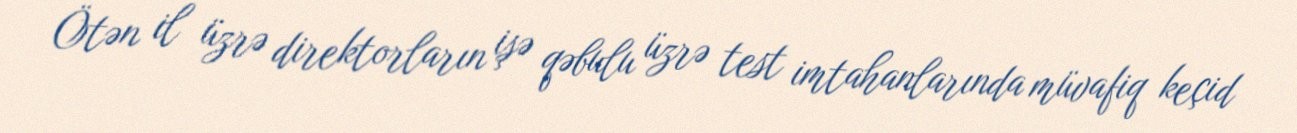
Ötən il üzrə direktorların işə qəbulu üzrə test imtahanlarında müvafiq keçid